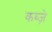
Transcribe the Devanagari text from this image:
कब्‍ज़े